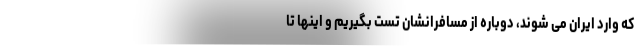
که وارد ایران می شوند، دوباره از مسافرانشان تست بگیریم و اینها تا